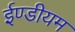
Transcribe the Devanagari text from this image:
ईण्डीयम